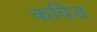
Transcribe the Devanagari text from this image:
कविंड